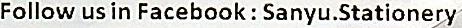
FOLLOW US IN FACEBOOK : SANYU.STATIONERY